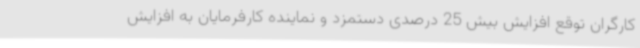
کارگران توقع افزایش بیش 25 درصدی دستمزد و نماینده کارفرمایان به افزایش